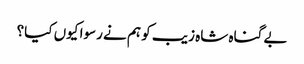
بے گناہ شاہ زیب کو ہم نے رسوا کیوں کیا؟